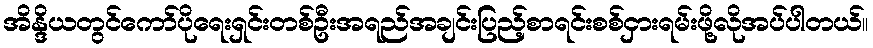
အိန္ဒိယတွင်ကော်ပိုရေးရှင်းတစ်ဦးအရည်အချင်းပြည့်စာရင်းစစ်ငှားရမ်းဖို့လိုအပ်ပါတယ်။